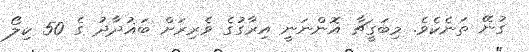
ގުނޭ ތަނެކެވެ. މިބަގީޗާ އޮންނަނީ އިރާގުގެ ވެރިރަށް ބަޣުދާދު ގެ 50 ކިލޯ